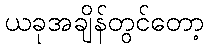
ယခုအချိန်တွင်တော့